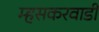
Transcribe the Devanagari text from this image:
म्हसकरवाडी